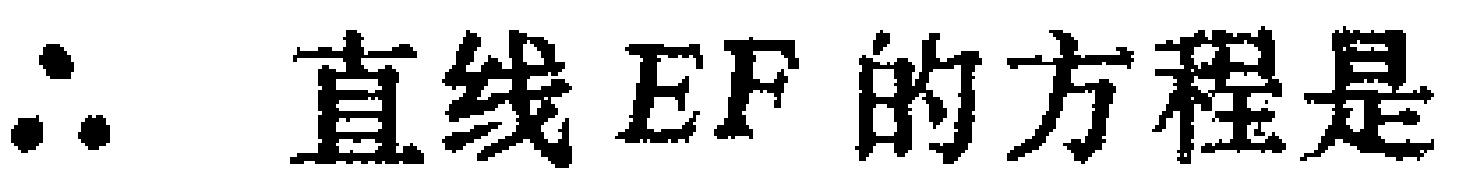
\(\therefore\) 直线 \(EF\) 的方程是